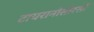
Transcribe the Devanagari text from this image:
टायरानोसोरसों